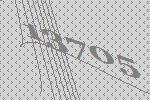
13705